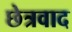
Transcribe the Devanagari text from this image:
छेत्रवाद